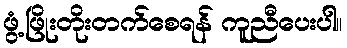
ဖွံ့ဖြိုးတိုးတက်စေရန် ကူညီပေးပါ။